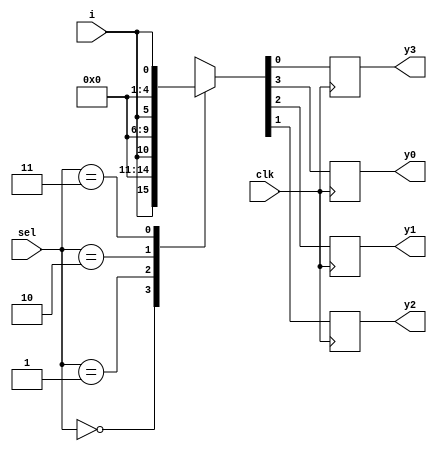
module demux_1_4(
  input [1:0] sel,
  input  i,
  input clk,
  output reg y0,y1,y2,y3);
    
  always @(posedge clk) begin
    case(sel)
      2'h0: {y0,y1,y2,y3} = {i,3'b0};
      2'h1: {y0,y1,y2,y3} = {1'b0,i,2'b0};
      2'h2: {y0,y1,y2,y3} = {2'b0,i,1'b0};
      2'h3: {y0,y1,y2,y3} = {3'b0,i};
      default: $display("Invalid sel input");
    endcase
  end
endmodule